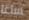
ساغا